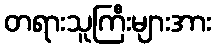
တရားသူကြီးများအား